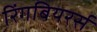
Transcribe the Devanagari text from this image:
रिंगबियरर्स